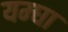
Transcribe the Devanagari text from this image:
यम्घा